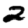
Digit: 2